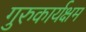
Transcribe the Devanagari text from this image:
गुरुकार्यक्षम